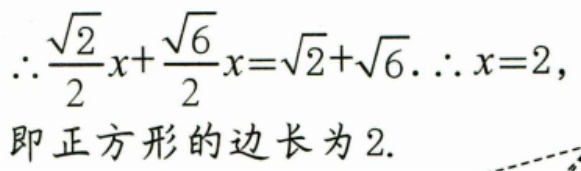
\(\therefore\frac{\sqrt{2}}{2}x+\frac{\sqrt{6}}{2}x=\sqrt{2}+\sqrt{6}.\therefore x = 2\)，
即正方形的边长为 \(2\).